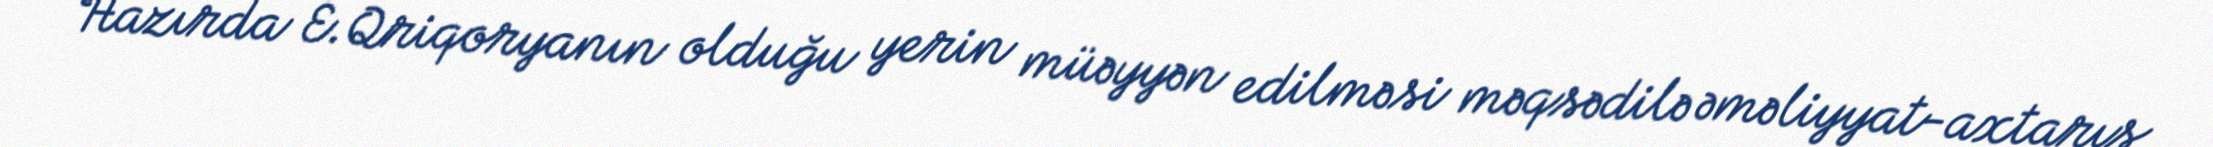
Hazırda E.Qriqoryanın olduğu yerin müəyyən edilməsi məqsədilə əməliyyat-axtarış